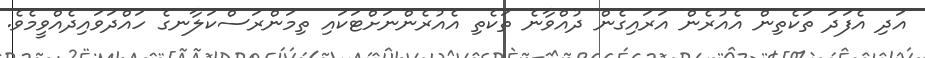
އަދި އެފަދަ ތަކެތިން އެއުރެން އަރައިގެން ދުއްވާނެ ތަކެތި އެއުރެންނަށްޓަކައި ތިމަންރަސްކަލާނގެ ހައްދަވައިދެއްވީމެވެ.